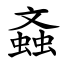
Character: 螡